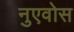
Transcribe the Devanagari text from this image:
नुएवोस